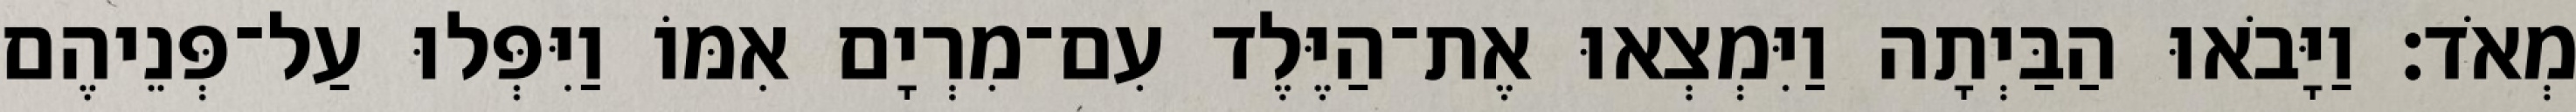
מְאֹד׃ וַיָּבֹאוּ הַבַּיְתָה וַיִּמְצְאוּ אֶת־הַיֶּלֶד עִם־מִרְיָם אִמּוֹ וַיִּפְּלוּ עַל־פְּנֵיהֶם